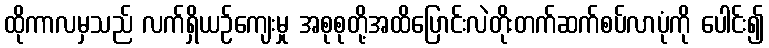
ထိုကာလမှသည် လက်ရှိယဉ်ကျေးမှု အစုစုတို့အထိပြောင်းလဲတိုးတက်ဆက်စပ်လာပုံကို ပေါင်း၍